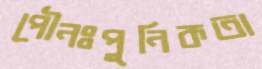
পৌনঃপুনিকতা